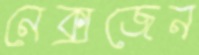
নেক্সজেন